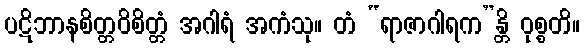
ပဋိဘာနစိတ္တဝိစိတ္တံ အဂါရံ အကံသု။ တံ “ရာဇာဂါရက”န္တိ ဝုစ္စတိ။